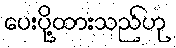
ပေးပို့ထားသည်ဟု